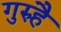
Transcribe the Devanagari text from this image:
गुरुहै